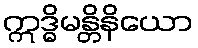
ဣဒ္ဓိမန္တိနိယော